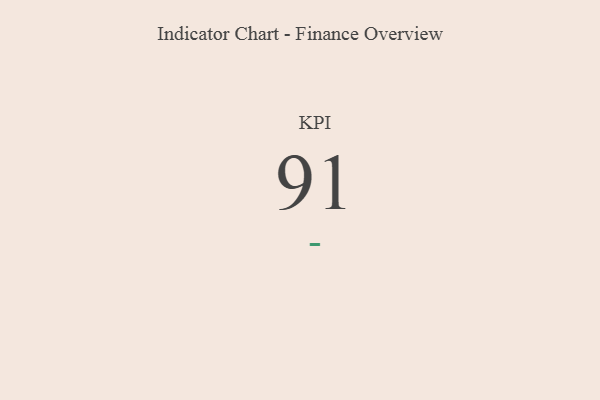
{"axis": {"x": "KPI", "y": "Value"}, "legend": [""], "data": [{"x": "KPI", "y": 91, "type": ""}]}